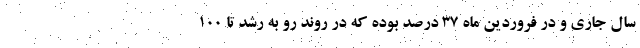
سال جاری و در فروردین ماه ۳۷ درصد بوده که در روند رو به رشد تا ۱۰۰